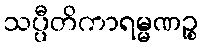
သပ္ပီတိကာရမ္မဏဉ္စ